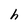
Character: h